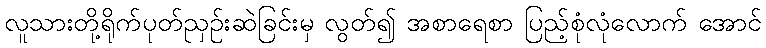
လူသားတို့ရိုက်ပုတ်ညှဉ်းဆဲခြင်းမှ လွတ်၍ အစာရေစာ ပြည့်စုံလုံလောက် အောင်